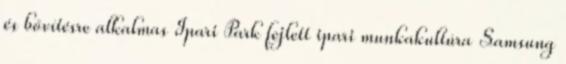
és bővítésre alkalmas Ipari Park fejlett ipari munkakultúra Samsung